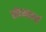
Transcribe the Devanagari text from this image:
स्केनफर्थ